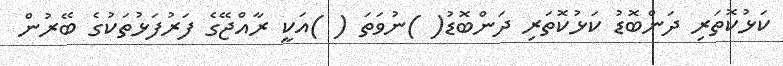
ކަޅުކޮތަރި ދަންބޮޑު ކަޅުކޮތަރި ދަންބޮޑު( )ނުވަތަ ( )އަކީ ރާއްޖޭގެ ފަރުފަޅުތަކުގެ ބޭރުން